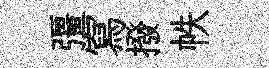
彊寫撥帙